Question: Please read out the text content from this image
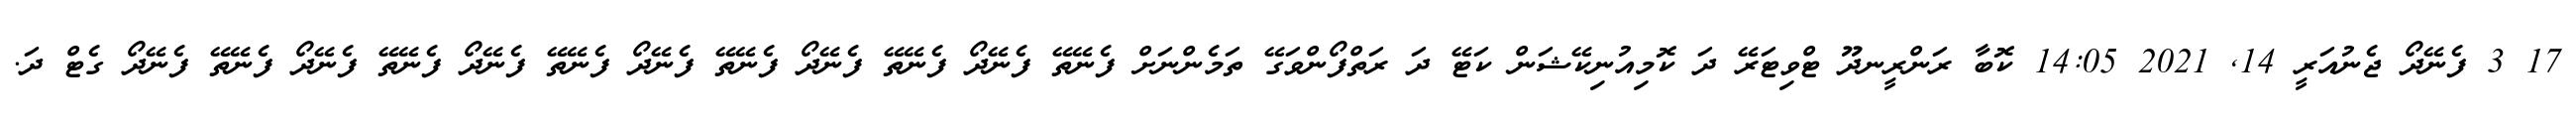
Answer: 17 3 ފެނޭދޯ ޖެނުއަރީ 14, 2021 14:05 ކޮބާ ރަންރީނދޫ ޓްވިޓަރޭ ދަ ކޮމިއުނިކޭޝަން ކަޓޭ ދަ ރަތްފޯންވަގޭ ތަމެންނަށް ފެނޭތޭ ފެނޭދޯ ފެނޭތޭ ފެނޭދޯ ފެނޭތޭ ފެނޭދޯ ފެނޭތޭ ފެނޭދޯ ފެނޭތޭ ފެނޭދޯ ފެނޭތޭ ފެނޭދޯ ގެޓް ދަ.